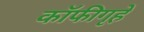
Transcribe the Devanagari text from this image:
कॉफीगृहे